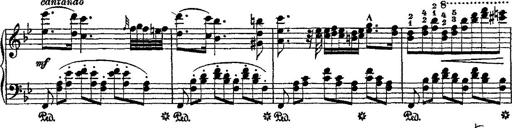
Title: Fantaisie romantique sur deux mÃ©lodies suisses
Composer: Franz Liszt